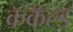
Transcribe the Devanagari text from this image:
कॅकॅल्ड